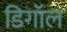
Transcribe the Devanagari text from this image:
डिगॉल